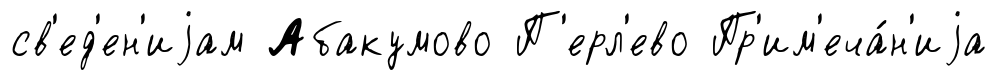
св'ед'ен'иjам Абакумово П'ерл'ево Пр'им'еча́н'иjа